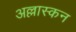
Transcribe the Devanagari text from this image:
अल्लास्कन